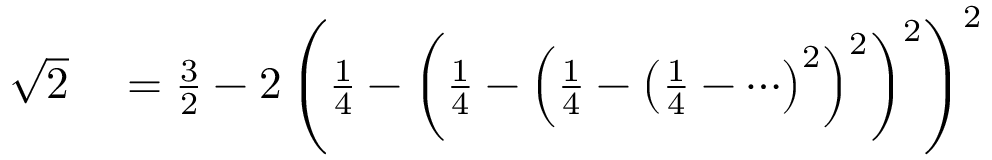
\begin{array} { r l } { { \sqrt { 2 } } } & { { } = { \frac { 3 } { 2 } } - 2 \left( { \frac { 1 } { 4 } } - \left( { \frac { 1 } { 4 } } - \left( { \frac { 1 } { 4 } } - \left( { \frac { 1 } { 4 } } - \cdots \right) ^ { 2 } \right) ^ { 2 } \right) ^ { 2 } \right) ^ { 2 } } \end{array}